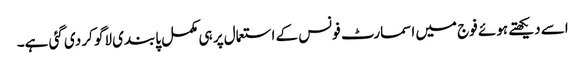
اسے دیکھتے ہوئے فوج میں اسمارٹ فونس کے استعمال پر ہی مکمل پابندی لاگو کر دی گئی ہے۔